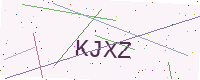
Text: KJXZ